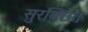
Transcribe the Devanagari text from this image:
सुरक्छित